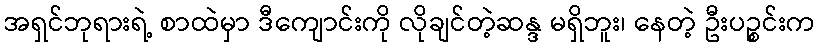
အရှင်ဘုရားရဲ့ စာထဲမှာ ဒီကျောင်းကို လိုချင်တဲ့ဆန္ဒ မရှိဘူး၊ နေတဲ့ ဦးပဉ္စင်းက